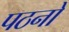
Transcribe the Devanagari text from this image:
पठनो